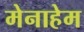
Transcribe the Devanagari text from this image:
मेनाहेम